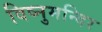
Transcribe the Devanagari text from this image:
विष्नुमन्दिर